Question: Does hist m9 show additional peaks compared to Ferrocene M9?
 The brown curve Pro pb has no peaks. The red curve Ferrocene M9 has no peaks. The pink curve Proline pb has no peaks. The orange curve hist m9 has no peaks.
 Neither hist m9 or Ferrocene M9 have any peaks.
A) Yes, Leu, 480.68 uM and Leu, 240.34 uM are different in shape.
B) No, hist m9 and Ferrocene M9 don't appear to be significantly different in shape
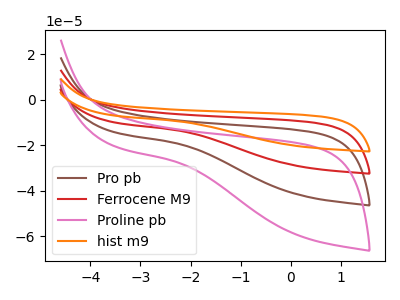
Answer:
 <answer>B) No, "hist m9" and "Ferrocene M9" don't appear to be significantly different in shape</answer>
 <eval>B</eval>